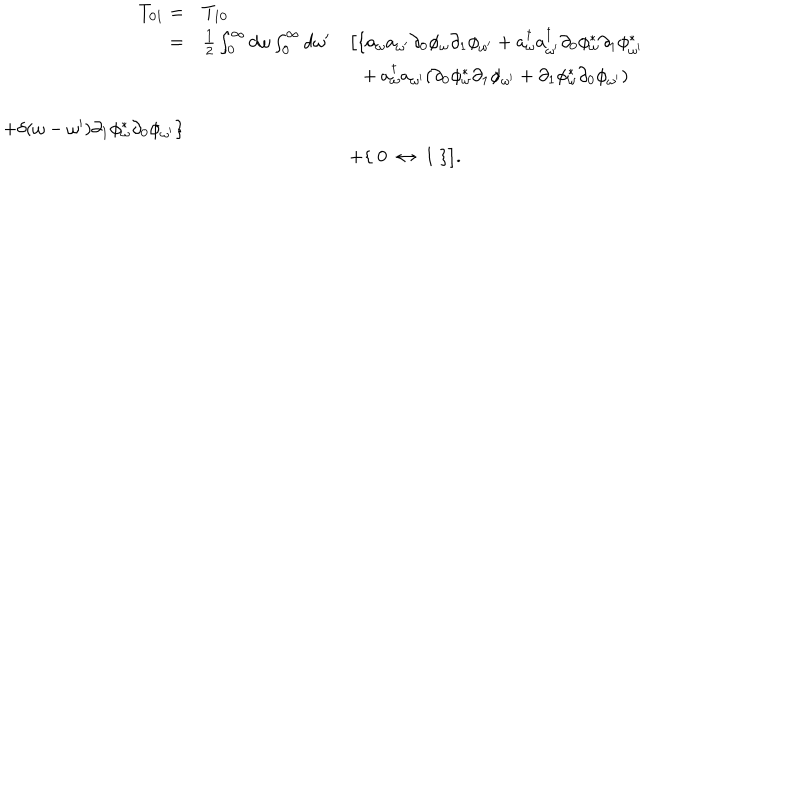
LaTeX: \begin{array} { r l l } { { T _ { 0 1 } = } } & { { T _ { 1 0 } } } & { { } } \\ { { = } } & { { { \frac { 1 } { 2 } } \int _ { 0 } ^ { \infty } d \omega \int _ { 0 } ^ { \infty } d \omega ^ { \prime } } } & { { \big [ \{ a _ { \omega } a _ { \omega ^ { \prime } } \partial _ { 0 } \phi _ { \omega } \partial _ { 1 } \phi _ { \omega ^ { \prime } } + a _ { \omega } ^ { \dagger } a _ { \omega ^ { \prime } } ^ { \dagger } \partial _ { 0 } \phi _ { \omega } ^ { \ast } \partial _ { 1 } \phi _ { \omega ^ { \prime } } ^ { \ast } } } \\ { { } } & { { } } & { { \ \ + a _ { \omega } ^ { \dagger } a _ { \omega ^ { \prime } } ( \partial _ { 0 } \phi _ { \omega } ^ { \ast } \partial _ { 1 } \phi _ { \omega ^ { \prime } } + \partial _ { 1 } \phi _ { \omega } ^ { \ast } \partial _ { 0 } \phi _ { \omega ^ { \prime } } ) } } \\ { { } } & { { } } & { { } } \\ { { + \delta ( \omega - \omega ^ { \prime } ) \partial _ { 1 } \phi _ { \omega } ^ { \ast } \partial _ { 0 } \phi _ { \omega ^ { \prime } } \} } } \\ { { } } & { { } } & { { + \{ \ 0 \ \leftrightarrow \ 1 \ \} \big ] . } } \\ \end{array}